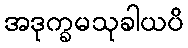
အဒုက္ခမသုခါယပိ